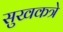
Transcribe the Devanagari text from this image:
सुखकत्रे